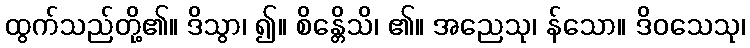
ထွက်သည်တို့၏။ ဒိသွာ၊ ၍။ စိန္တေိသိ၊ ၏။ အညေသု၊ န်သော။ ဒိဝသေသု၊